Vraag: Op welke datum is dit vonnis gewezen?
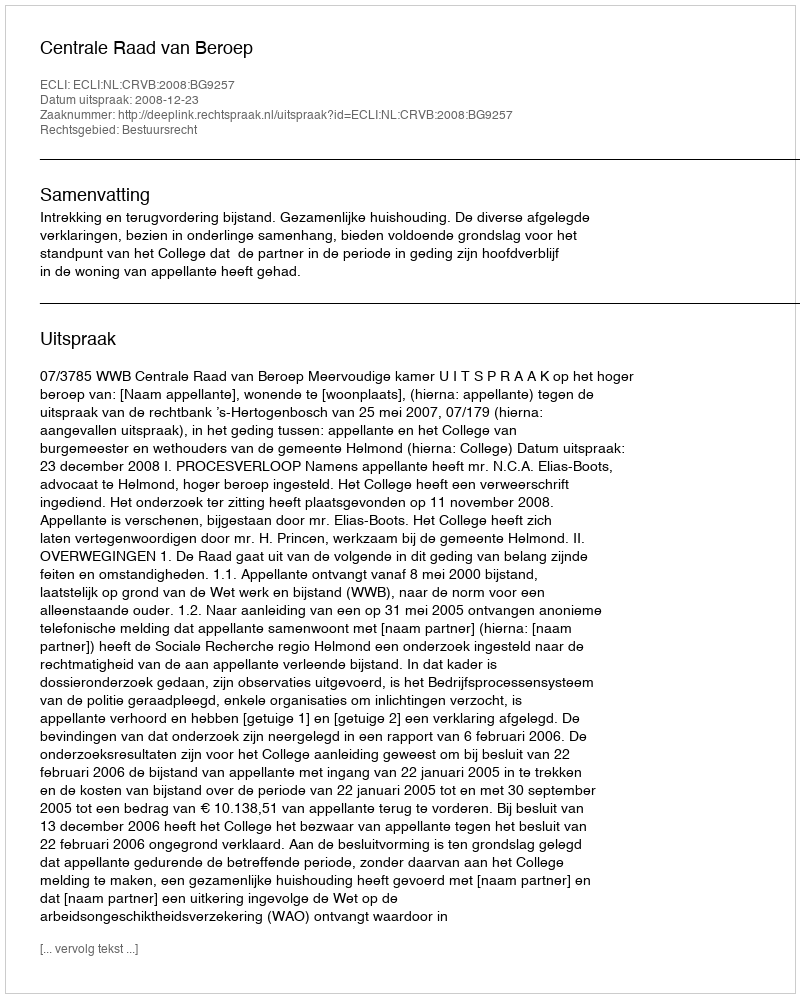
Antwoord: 2008-12-23